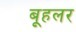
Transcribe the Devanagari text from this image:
बूहलर